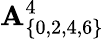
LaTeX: \mathbf{A}_{\{ 0,2,4,6\} }^{4}